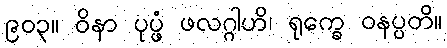
၉၀၃။ ဝိနာ ပုပ္ဖံ ဖလဂ္ဂါဟိ၊ ရုက္ခေ ဝနပ္ပတိ။